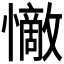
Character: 𭟗